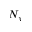
N _ { y }